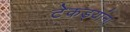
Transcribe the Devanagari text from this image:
टेकड्यांना